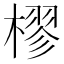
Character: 樛